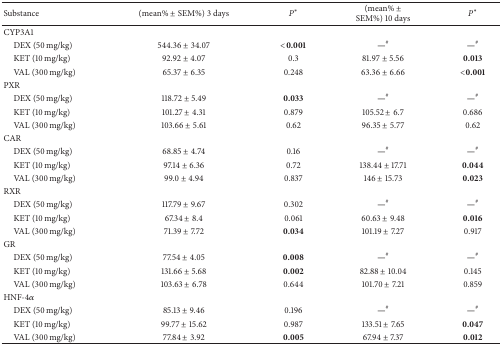
<table><thead><tr><td><b>Substance</b></td><td><b> (mean% ± SEM%) 3 days</b></td><td><b><i>P</i>*</b></td><td><b> (mean% ± SEM%) 10 days</b></td><td><b><i>P</i>*</b></td></tr></thead><tbody><tr><td>CYP3A1</td><td> </td><td> </td><td> </td><td> </td></tr><tr><td> DEX (50 mg/kg)</td><td> 544.36 ± 34.07</td><td><b>&lt;0.001</b></td><td><b>—</b><sup>#</sup></td><td><b>—</b><sup>#</sup></td></tr><tr><td> KET (10 mg/kg)</td><td>92.92 ± 4.07</td><td>0.3</td><td>81.97 ± 5.56</td><td><b>0.013</b></td></tr><tr><td> VAL (300 mg/kg)</td><td>65.37 ± 6.35</td><td>0.248</td><td>63.36 ± 6.66</td><td><b>&lt;0.001</b></td></tr><tr><td>PXR</td><td> </td><td> </td><td> </td><td> </td></tr><tr><td> DEX (50 mg/kg)</td><td>118.72 ± 5.49</td><td><b>0.033</b></td><td><b>—</b><sup>#</sup></td><td><b>—</b><sup>#</sup></td></tr><tr><td> KET (10 mg/kg)</td><td>101.27 ± 4.31</td><td>0.879</td><td>105.52 ± 6.7</td><td>0.686</td></tr><tr><td> VAL (300 mg/kg)</td><td>103.66 ± 5.61</td><td>0.62</td><td>96.35 ± 5.77</td><td>0.62</td></tr><tr><td>CAR</td><td> </td><td> </td><td> </td><td> </td></tr><tr><td> DEX (50 mg/kg)</td><td>68.85 ± 4.74</td><td>0.16</td><td><b>—</b><sup>#</sup></td><td><b>—</b><sup>#</sup></td></tr><tr><td> KET (10 mg/kg)</td><td>97.14 ± 6.36</td><td>0.72</td><td>138.44 ± 17.71</td><td><b>0.044</b></td></tr><tr><td> VAL (300 mg/kg)</td><td>99.0 ± 4.94</td><td>0.837</td><td>146 ± 15.73</td><td><b>0.023</b></td></tr><tr><td>RXR</td><td> </td><td> </td><td> </td><td> </td></tr><tr><td> DEX (50 mg/kg)</td><td>117.79 ± 9.67</td><td>0.302</td><td><b>—</b><sup>#</sup></td><td><b>—</b><sup>#</sup></td></tr><tr><td> KET (10 mg/kg)</td><td>67.34 ± 8.4</td><td>0.061</td><td>60.63 ± 9.48</td><td><b>0.016</b></td></tr><tr><td> VAL (300 mg/kg)</td><td>71.39 ± 7.72</td><td><b>0.034</b></td><td>101.19 ± 7.27</td><td>0.917</td></tr><tr><td>GR</td><td> </td><td> </td><td> </td><td> </td></tr><tr><td> DEX (50 mg/kg)</td><td>77.54 ± 4.05</td><td><b>0.008</b></td><td><b>—</b><sup>#</sup></td><td><b>—</b><sup>#</sup></td></tr><tr><td> KET (10 mg/kg)</td><td>131.66 ± 5.68</td><td><b>0.002</b></td><td>82.88 ± 10.04</td><td>0.145</td></tr><tr><td> VAL (300 mg/kg)</td><td>103.63 ± 6.78</td><td>0.644</td><td>101.70 ± 7.21</td><td>0.859</td></tr><tr><td>HNF-4<i>α</i></td><td> </td><td> </td><td> </td><td> </td></tr><tr><td> DEX (50 mg/kg)</td><td>85.13 ± 9.46</td><td>0.196</td><td><b>—</b><sup>#</sup></td><td><b>—</b><sup>#</sup></td></tr><tr><td> KET (10 mg/kg)</td><td>99.77 ± 15.62</td><td>0.987</td><td>133.51 ± 7.65</td><td><b>0.047</b></td></tr><tr><td> VAL (300 mg/kg)</td><td>77.84 ± 3.92</td><td><b>0.005</b></td><td>67.94 ± 7.37</td><td><b>0.012</b></td></tr></tbody></table>